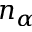
n _ { \alpha }